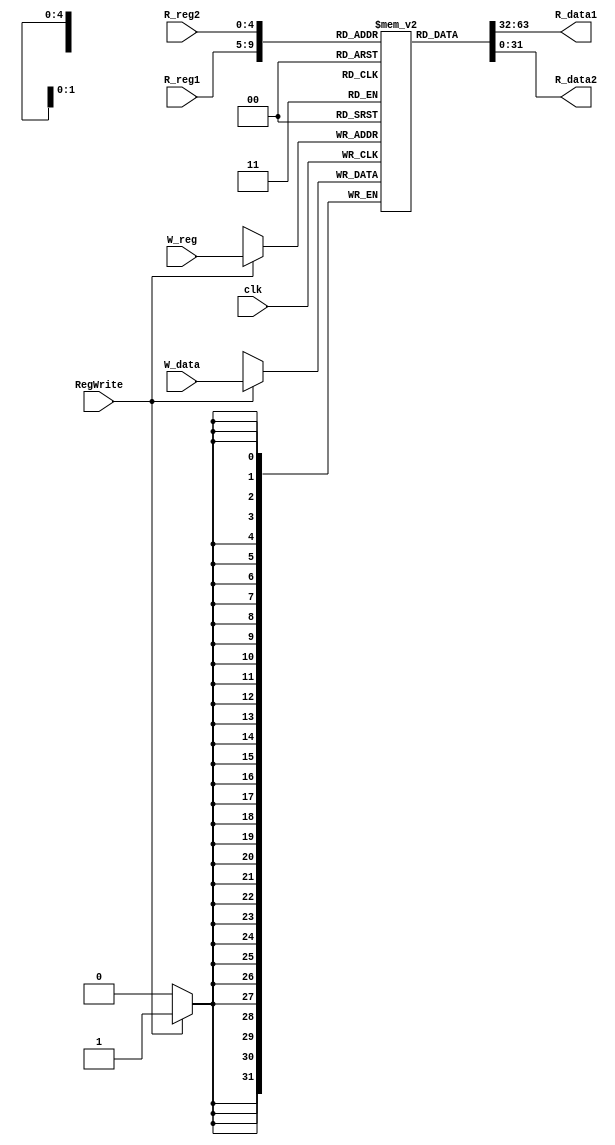
`timescale 1ns / 1ps


module Reg_File_32(clk, R_reg1, R_reg2, W_reg, W_data, R_data1, R_data2, RegWrite);

    parameter data_size = 32;
    parameter reg_addr_size = 5;

    input [reg_addr_size-1:0] R_reg1, R_reg2, W_reg;
    input [data_size-1:0] W_data;
    output [data_size-1:0] R_data1, R_data2;
    input RegWrite, clk;

    reg [data_size-1:0] register[0:31];

    integer i;
    initial begin
        for (i = 0; i < (2 << reg_addr_size); i = i + 1)
            register[i] = 32'b0;
    end

    always @(negedge clk) begin
        if (RegWrite == 1'b1) begin
            register[W_reg] <= W_data;
        end
    end

    assign R_data1 = register[R_reg1];
    assign R_data2 = register[R_reg2];

endmodule